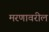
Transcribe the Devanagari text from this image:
मरणावरील